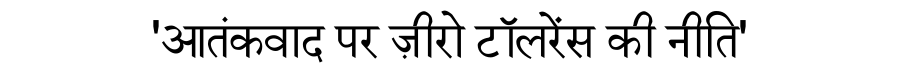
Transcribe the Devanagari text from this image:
'आतंकवाद पर ज़ीरो टॉलरेंस की नीति'